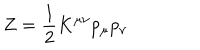
Z = { \frac { 1 } { 2 } } K ^ { \mu \nu } p _ { \mu } p _ { \nu }